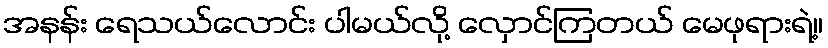
အနန်း ရေသယ်လောင်း ပါမယ်လို့ လှောင်ကြတယ် မေဖုရားရဲ့။